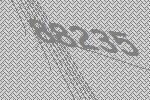
88235